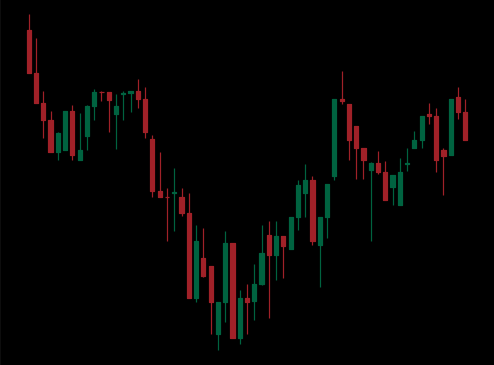
Pattern: inverse_head_shoulders